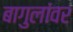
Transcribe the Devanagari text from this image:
बागुलांवर